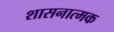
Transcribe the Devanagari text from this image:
शासनात्मक